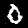
Label: 0